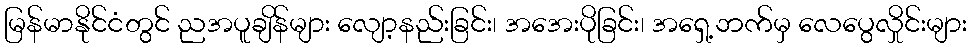
မြန်မာနိုင်ငံတွင် ညအပူချိန်များ လျော့နည်းခြင်း၊ အအေးပိုခြင်း၊ အရှေ့ဘက်မှ လေပွေလှိုင်းများ